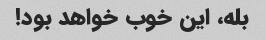
بله، این خوب خواهد بود!